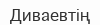
Диваевтің